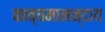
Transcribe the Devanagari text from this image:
काव्यमानन्दाय